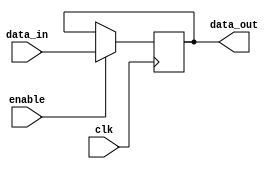
module hold_condition (
    input wire clk,           // Clock signal
    input wire enable,        // Enable signal (active high)
    input wire [7:0] data_in, // Input data signal
    output reg [7:0] data_out // Output data signal (held or updated)
);

    // Initial state for data_out
    initial begin
        data_out = 8'b0; // Set initial state to zero
    end

    // Always block for clock synchronization
    always @(posedge clk) begin
        if (enable) begin
            // Update the output with input data when enable is high
            data_out <= data_in;
        end
        // If enable is low, retain the current state of data_out
    end

endmodule